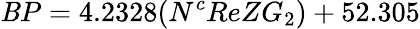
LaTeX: \mathit{B}P=4.2328(N^{c}ReZG_{2})+52.305